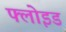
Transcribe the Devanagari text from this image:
फ्लोइड